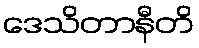
ဒေသိတာနီတိ